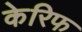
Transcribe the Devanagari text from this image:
केरिफ